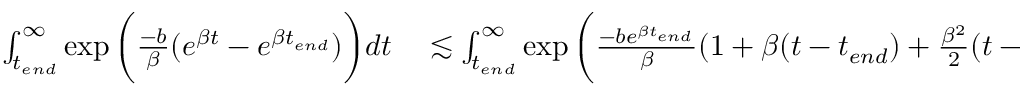
\begin{array} { r l } { \int _ { t _ { e n d } } ^ { \infty } \exp { \bigg ( \frac { - b } { \beta } ( e ^ { \beta t } - e ^ { \beta t _ { e n d } } ) \bigg ) } d t } & { { } \lesssim \int _ { t _ { e n d } } ^ { \infty } \exp { \bigg ( \frac { - b e ^ { \beta t _ { e n d } } } { \beta } ( 1 + \beta ( t - t _ { e n d } ) + \frac { \beta ^ { 2 } } { 2 } ( t - t _ { e n d } ) ^ { 2 } - 1 ) \bigg ) } d t } \end{array}